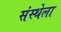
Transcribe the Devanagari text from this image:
संस्‍थ्‍ोला